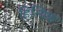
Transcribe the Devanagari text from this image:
हित्यिक